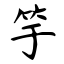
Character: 竽